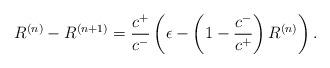
LaTeX: \begin{align*}R^{(n)} - R^{(n+1)} &= \frac{c^+}{c^-} \left(\epsilon - \left(1 - \frac{c^-}{c^+}\right) R^{(n)} \right).\end{align*}